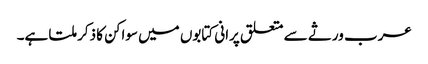
عرب ورثے سے متعلق پرانی کتابوں میں سواکن کا ذکر ملتا ہے۔